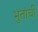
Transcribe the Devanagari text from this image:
भुतांची